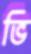
ভি